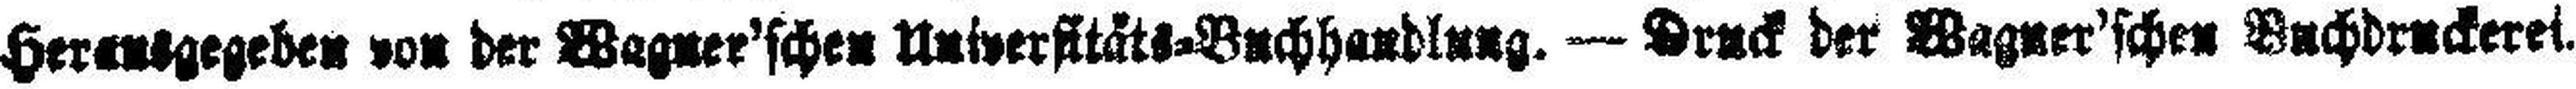
Herausgegeben von der Wagner'schen Universitäts=Buchhandlung. — Druck der Wagner'schen Buchdruckerei.